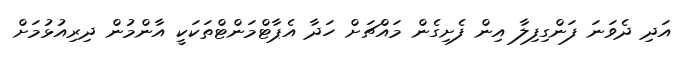
އަދި ދެވަނަ ފަންގިފިލާ އިން ފެށިގެން މައްޗަށް ހަދާ އެޕާޓްމަންޓްތަކަކީ އާންމުން ދިރިއުޅުމަށް